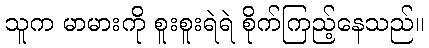
သူက မာမားကို စူးစူးရဲရဲ စိုက်ကြည့်နေသည်။